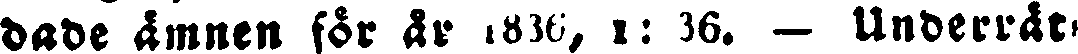
dade ämnen för år 1836 1: 36. — Underrät-